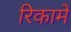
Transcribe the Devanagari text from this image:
रिकामें